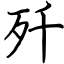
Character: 歼